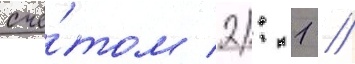
счё́том 2: 1 //